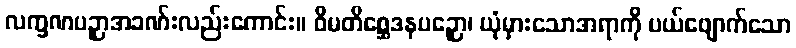
လက္ခဏပဉှာအခဏ်းလည်းကောင်း။ ဝိမတိစ္ဆေဒနပဉှော၊ ယုံမှားသောအရာကို ပယ်ဖျောက်သော